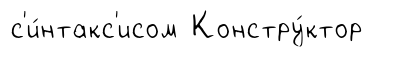
с'и́нтакс'исом Констру́ктор